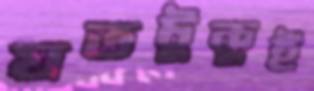
যতটুকুই